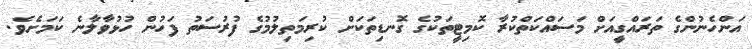
އަންހެނުންގެ ތަރައްގީއަށް މަސައްކަތްކުރާ ކޮމިޓީތަކުގެ ގޮނޑިތަކަށް ކުރިމަތިލުމުގެ ފުރުސަތު ފަހުން ހުޅުވާލާނެ ކަމަށެވެ.